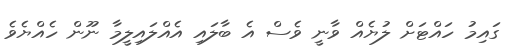
ގައިމު ހައްޓަށް ލުޔެއް ވާނީ ވެސް އެ ބާލައި އެއްލައިލީމާ ނޫން ހެއްޔެވެ